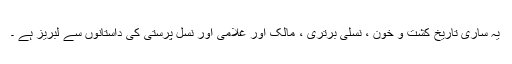
یہ ساری تاریخ کشت و خون ، نسلی برتری ، مالک اور غلامی اور نسل پرستی کی داستانوں سے لبریز ہے ۔